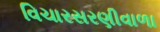
વિચારસરણીવાળા